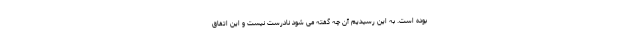
بوده است. به این رسیدیم آن چه گفته می شود نادرست نیست و این اتفاق